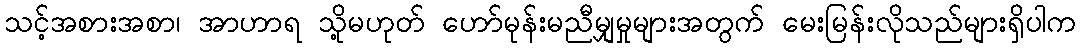
သင့်အစားအစာ၊ အာဟာရ သို့မဟုတ် ဟော်မုန်းမညီမျှမှုများအတွက် မေးမြန်းလိုသည်များရှိပါက